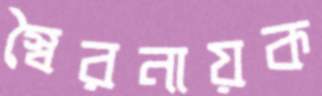
স্বৈরনায়ক